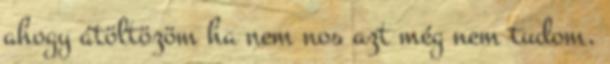
ahogy átöltözöm ha nem nos azt még nem tudom,